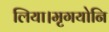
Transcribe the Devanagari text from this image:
लिया।मृगयोनि